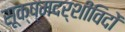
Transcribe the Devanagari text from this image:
सूक्ष्मदर्शीविदों